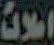
املاك